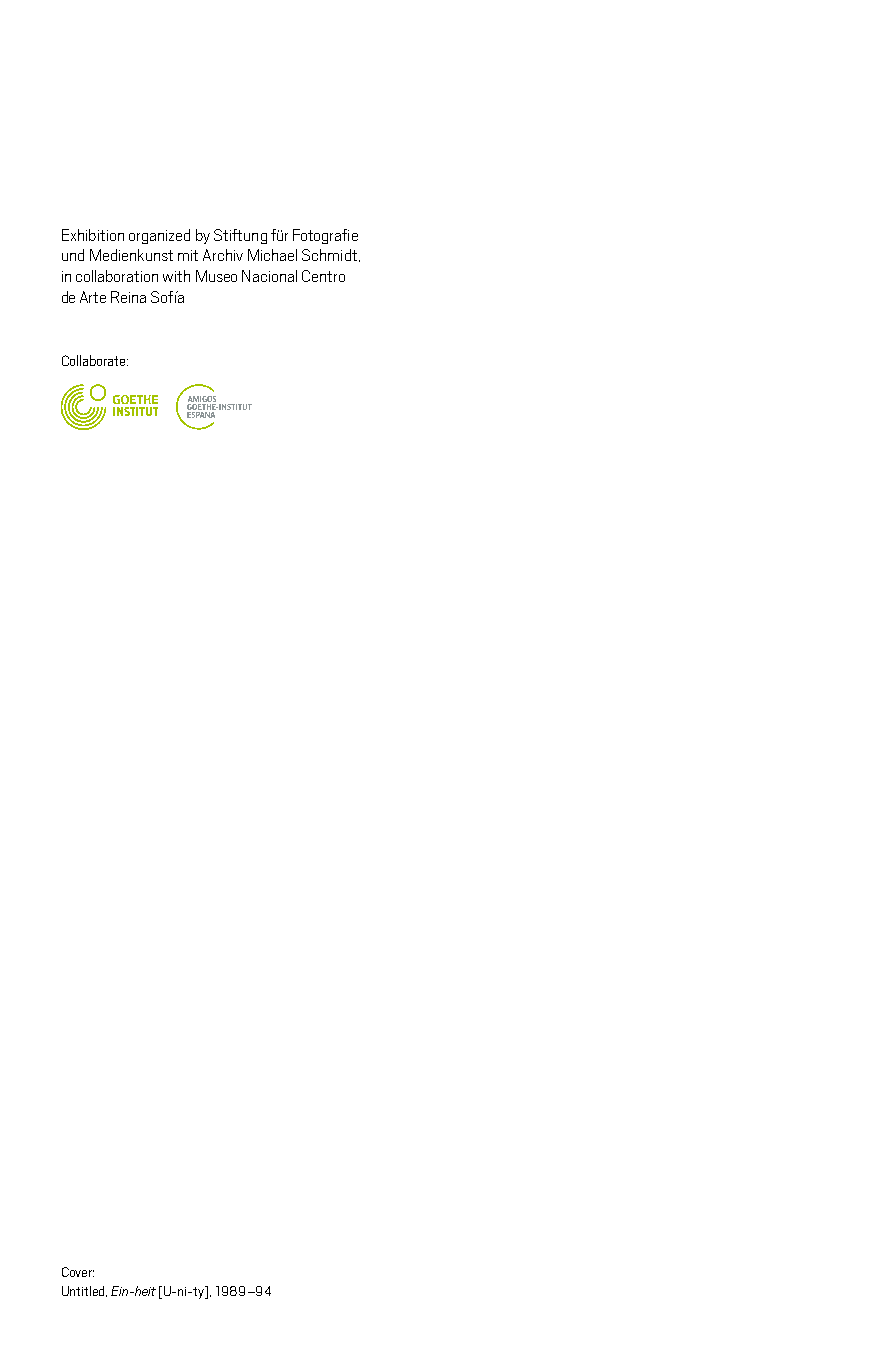
Exhibition organized by Stiftung für Fotografie
 und Medienkunst mit Archiv Michael Schmidt,
 in collaboration with Museo Nacional Centro
 de Arte Reina Sofía
 Collaborate:
 Cover:
 2Untitled, Ein-heit [U-ni-ty], 1989 –94